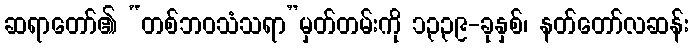
ဆရာတော်၏ “တစ်ဘဝသံသရာ”မှတ်တမ်းကို ၁၃၃၉-ခုနှစ်၊ နတ်တော်လဆန်း